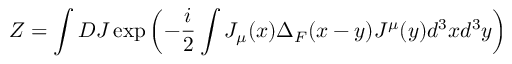
Z = \int D J \exp \left( - \frac { i } { 2 } \int J _ { \mu } ( x ) \Delta _ { F } ( x - y ) J ^ { \mu } ( y ) d ^ { 3 } x d ^ { 3 } y \right)